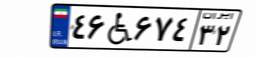
۴۶W۶۷۴۳۲